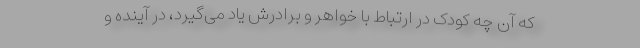
که آن چه کودک در ارتباط با خواهر و برادرش یاد می‌‌گیرد، در آینده و